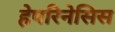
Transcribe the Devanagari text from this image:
हेपरिनेसिस